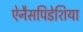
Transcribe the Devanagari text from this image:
ऐनैसपिडेशिया